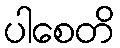
ပါစေတိ